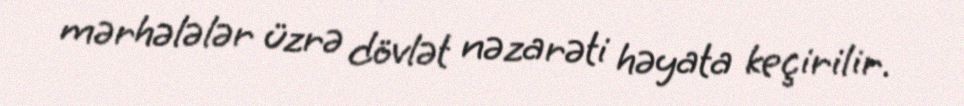
mərhələlər üzrə dövlət nəzarəti həyata keçirilir.